Physiological action of certain drugs in tablet form - Number 52A
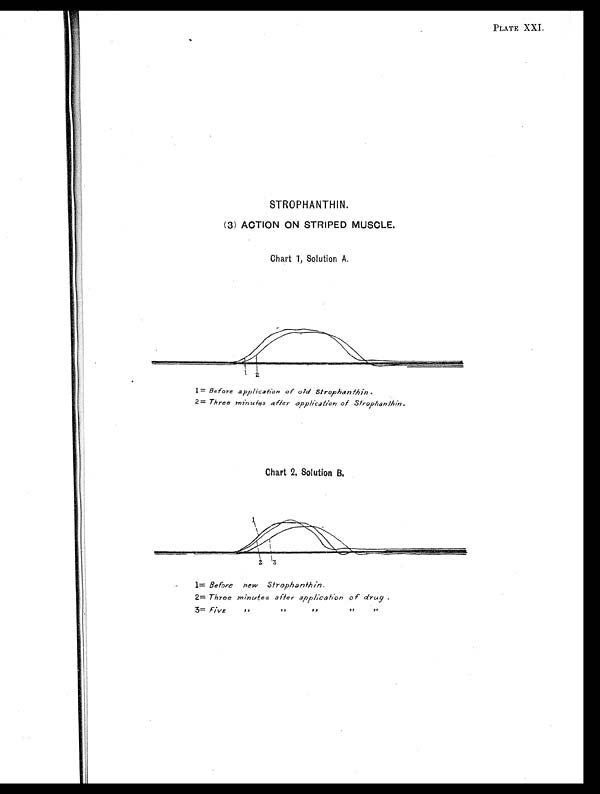
PLATE XXI.
STROPHANTHIN.
(3) ACTION ON STRIPED MUSCLE.
Chart 1, Solution A.
1= Before application of old Strophanthin.
2= Three minutes after application of Strophanthin.
Chart 2, Solution B.
1= Before new Strophanthin.
2= Three minutes after application of drug.
3= Five ,, ,, ,, ,, ,,